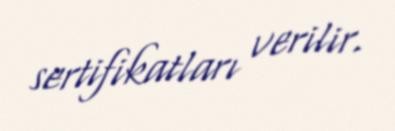
sertifikatları verilir.